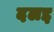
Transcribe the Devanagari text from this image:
दलद्द